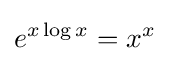
e^{x\log x}=x^{x}